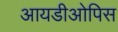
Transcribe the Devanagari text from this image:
आयडीओपिस